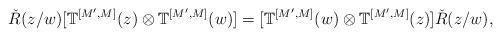
LaTeX: \begin{align*}\check{R}(z/w)[\mathbb{T}^{[M', M]}(z)\otimes \mathbb{T}^{[M', M]}(w)]=[\mathbb{T}^{[M', M]}(w) \otimes \mathbb{T}^{[M', M]}(z)] \check{R}(z/w), \end{align*}